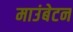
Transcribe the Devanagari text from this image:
माउंबेटन